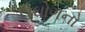
ઉઘોગનો